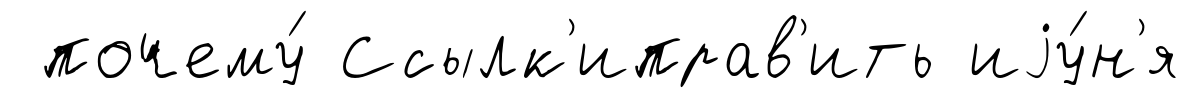
почему́ Ссылк'иправ'ить иjу́н'я